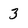
Character: 3